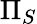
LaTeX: \Pi_{S}